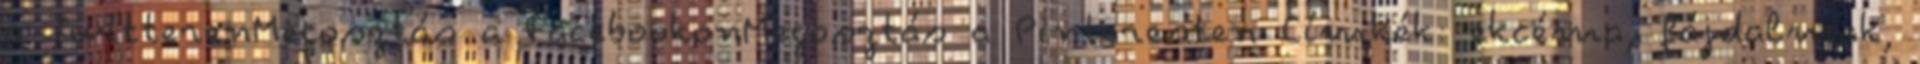
a TwitterenMegosztás a FacebookonMegosztás a Pinteresten Címkék: ekcéma, fájdalmak,